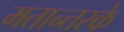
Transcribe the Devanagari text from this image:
मतान्तरके